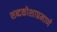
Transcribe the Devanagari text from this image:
शब्दकोशाप्रमाणे